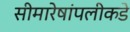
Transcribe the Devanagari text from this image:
सीमारेषांपलीकडे